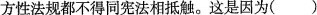
方性法规都不得同宪法相抵触。这是因为( )